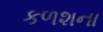
કળશના